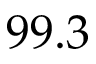
9 9 . 3